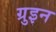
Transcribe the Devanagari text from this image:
ग्रुइन